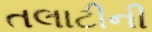
તલાટીની